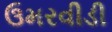
ઉમરવીડી